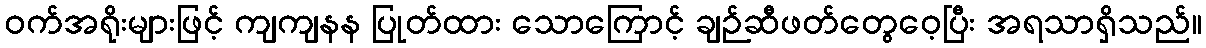
ဝက်အရိုးများဖြင့် ကျကျနန ပြုတ်ထား သောကြောင့် ချဉ်ဆီဖတ်တွေဝေ့ပြီး အရသာရှိသည်။